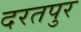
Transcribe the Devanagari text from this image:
दरतपुर